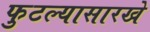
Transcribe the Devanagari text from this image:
फुटल्यासारखे